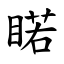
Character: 睰